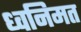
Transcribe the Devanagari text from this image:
ध्वनिमत